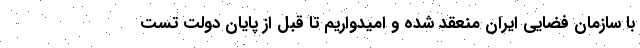
با سازمان فضایی ایران منعقد شده و امیدواریم تا قبل از پایان دولت تست